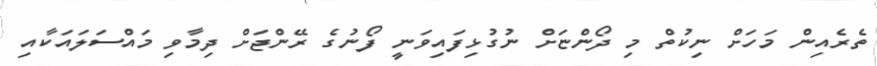
ތެރެއިން މަހަށް ނިކުތް މި ދޯންޏަށް ނުގުޅިފައިވަނީ ފޯނުގެ ރޭންޖަށް ދިމާވި މައްސަލައަކާއި